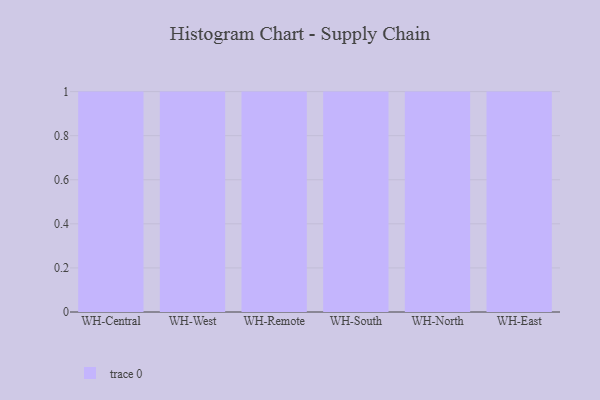
{"axis": {"x": "Warehouse", "y": "Gross Profit (USD K)"}, "legend": [""], "data": [{"x": "WH-Central", "y": 46, "type": ""}, {"x": "WH-West", "y": 78, "type": ""}, {"x": "WH-Remote", "y": 3, "type": ""}, {"x": "WH-South", "y": 13, "type": ""}, {"x": "WH-North", "y": 8, "type": ""}, {"x": "WH-East", "y": 9, "type": ""}]}